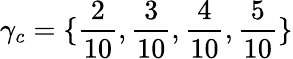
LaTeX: \gamma_{c}=\{ \frac{2}{10},\frac{3}{10},\frac{4}{10},\frac{5}{10}\}